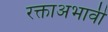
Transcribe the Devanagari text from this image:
रक्ताअभावी